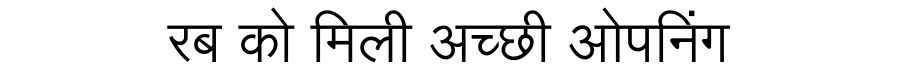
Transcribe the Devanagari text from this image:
रब को मिली अच्छी ओपनिंग